Insane asylums in Bengal annual reports 1867-1875 - 1867-1875
Year: 1867
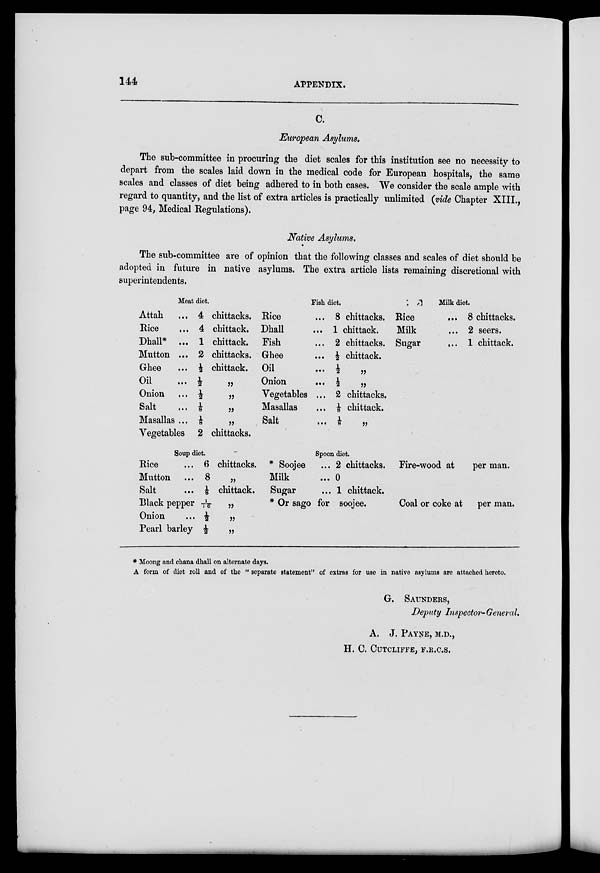
144
APPENDIX.
C.
European Asylums.
The sub-committee in procuring the diet scales for this institution see no necessity to
depart from the scales laid down in the medical code for European hospitals, the same
scales and classes of diet being adhered to in both cases. We consider the scale ample with
regard to quantity, and the list of extra articles is practically unlimited (vide Chapter XIII.,
page 94, Medical Regulations).
Native Asylums.
The sub-committee are of opinion that the following classes and scales of diet should be
adopted in future in native asylums. The extra article lists remaining discretional with
superintendents.
Meat diet.
Attah ...
Rice
...
Dhall* ...
Mutton ...
Ghee ...
Oil ...
Onion ...
Salt ...
Masallas ...
Vegetables
4 chittacks.
4 chittack.
1 chittack.
2 chittacks.
½ chittack.
½ „
½ „
⅛ „
⅛ „
2 chittacks.
Fish diet.
Rice ...
Dhall ...
Fish ...
Ghee ...
Oil ...
Onion ...
Vegetables ...
Masallas ...
Salt ...
8 chittacks.
1 chittack.
2 chittacks.
½ chittack.
½
„
½
„
2 chittacks.
⅛
chittack.
⅛ „
Milk diet.
Rice ...
Milk ...
Sugar ...
8 chittacks.
2 seers.
1 chittack.
Soup diet.
Rice
...
Mutton ...
Salt
...
Black pepper
Onion
...
Pearl barley
6 chittacks.
8 „
⅛ chittack.
1/16 „
½ „
½ „
Spoon diet.
* Soojee ...
Milk
...
Sugar
...
2 chittacks.
0
1 chittack.
* Or sago for soojee.
Fire-wood at
per man.
Coal or coke at per man.
* Moong and chana dhall on alternate days.
A form of diet roll and of the " separate statement" of extras for use in native asylums are attached hereto.
G. SAUNDERS,
Deputy Inspector-General.
A. J. PAYNE, M.D.,
H. C. CUTCLIFFE, F.R.C.S.